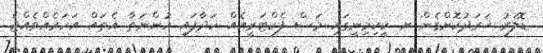
ޑޮލަރު ޚަރަދުކޮށްގެން ށ. ކީކިމިނީގައި މަސް ފެކްޓަރީއެއް ހަދާފައި ހުންނަތާ އެތައް އަހަރެއްވެއްޖެ.